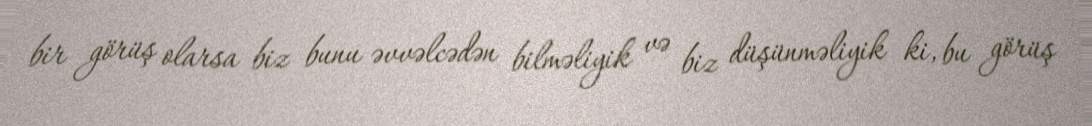
bir görüş olarsa biz bunu əvvəlcədən bilməliyik və biz düşünməliyik ki, bu görüş